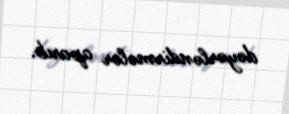
dəyərləndirmələr aparıb.